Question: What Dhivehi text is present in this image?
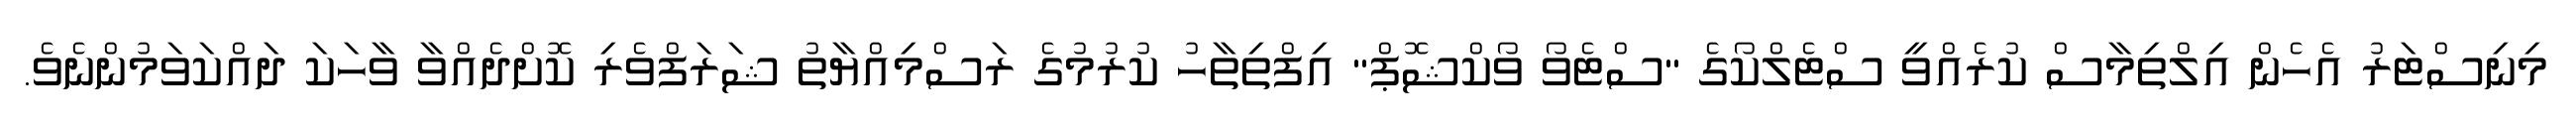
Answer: މިނިސްޓަރު އެހެން އިލްތިމާސް ކުރެއްވީ ސްޓެލްކޯގެ "ސްޓެވޯ ވޯކްޝޮޕް" އިފްތިތާހު ކުރުމުގެ ރަސްމިއްޔާތު ޝަރަފްވެރި ކޮށްދެއްވާ ވާހަކަ ދައްކަވަމުންނެވެ.